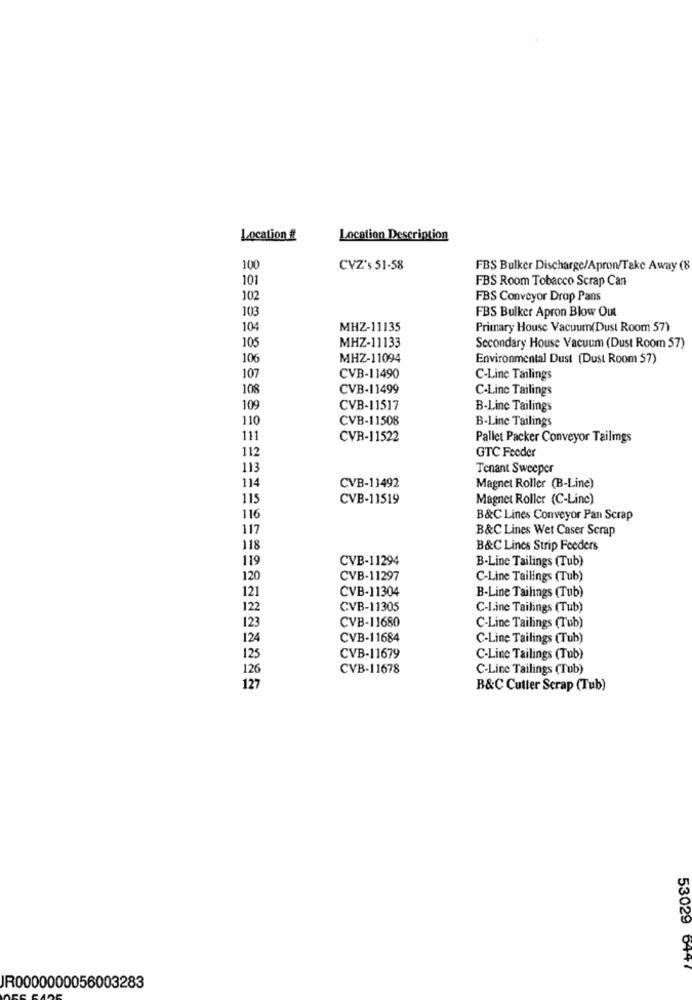
Location #
Location Description
100
CVZ's 51-58
FBS Bulker Discharge/Apron/Take Away (8
101
FBS Room Tobacco Scrap Can
102
FBS Conveyor Drop Pans
103
FBS Bulker Apron Blow Out
104
MHZ-11135
Primary House Vacuum(Dust Room 57)
MHZ-11133
105
Secondary House Vacuum (Dust Room 57)
106
MHZ-11094
Environmental Dust (Dust Room 57)
107
CVB-11490
C-Line Tailings
108
CVB-11499
C-Line Tailings
109
CVB-11517
B-Line Tailings
110
CVB-11508
B-Line Tailings
111
CVR-11522
Pallet Packer Conveyor Tailings
112
GTC Feeder
113
Tenant Sweeper
114
CVB-11492
Magnet Roller (B-Line)
115
CVB-11519
Magnet Roller (C-Line)
116
B&C Lines Conveyor Pan Scrap
117
B&C Lines Wet Caser Scrap
118
B&C Lines Strip Feeders
119
CVB-11294
B-Line Tailings (Tub)
120
CVB-11297
C-Line Tailings (Tub)
121
CVB-11304
B-Line Tailings (Tub)
122
CVB-11305
C-Line Tailings (Tub)
123
CVB-11680
C-Line Tailings (Tub)
124
CVB-11684
C-Line Tailings (Tub)
125
CVB-11679
C-Line Tailings (Tub)
126
CVB-11678
C-Line Tailings (Tub)
127
B&C Cutter Scrap (Tub)
53029 6447
JR0000000056003283